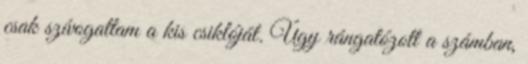
csak szívogattam a kis csiklóját. Úgy rángatózott a számban,